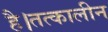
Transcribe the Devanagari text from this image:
है।तत्कालीन